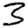
Digit: 3